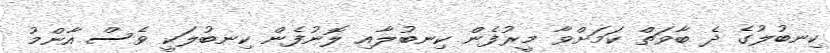
ކިނބުލުގެ ދެ ބާވަތް ކަމަށްވާ މީރުފެން ކިނބުލާއި ލޮނުފެން ކިނބުލަކީ ވެސް އާންމު